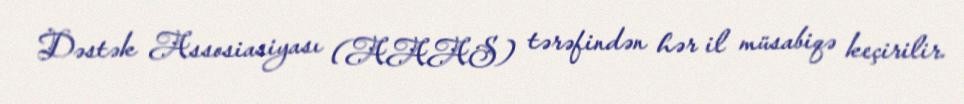
Dəstək Assosiasiyası (AAAS) tərəfindən hər il müsabiqə keçirilir.